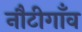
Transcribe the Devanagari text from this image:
नौटीगाँव